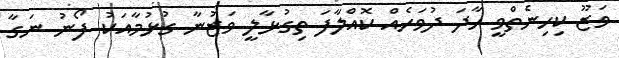
ވަޒޫ ކިހިނެތްވީ ހާދަ ދުވަހެއް ކޮއްލާފަ ތިގުޅާލީ ވަޒުނާ ގުޅުމާއަކު ފޯނު ނަގާ